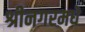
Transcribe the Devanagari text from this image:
श्रीनगरमधे